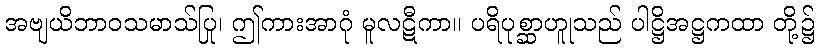
အဗျယိဘာဝသမာသ်ပြု၊ ဤကားအာဂုံ မူလဋီကာ။ ပရိပုစ္ဆာဟူုသည် ပါဋ္ဌိအဋ္ဌကထာ တို့၌